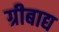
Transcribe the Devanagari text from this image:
ग्रीबाद्य